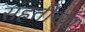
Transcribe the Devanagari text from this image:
संहतींच्या